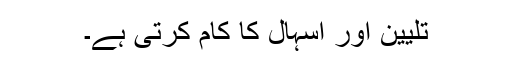
تلیین اور اسہال کا کام کرتی ہے۔